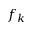
f _ { k }